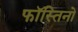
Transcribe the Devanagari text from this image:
फॉस्तिनो